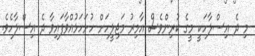
މި ދެ އިސްލާހަކީ މީގެ ކުރިންވެސް އާމިރު މަޖިލީހަށް ހުށަހަޅުއްވާފައިވާ ދެ އިސްލާހެވެ.